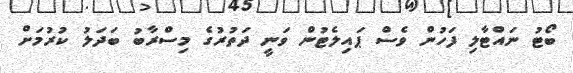
ބޯޓު ނައްޓާލި ފަހުން ވެސް ޕައިލެޓުން ވަނީ ދަތުރުގެ މިސްރާބު ބަދަލު ކުރުމަށް